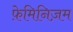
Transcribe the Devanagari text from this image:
फ़ेमिनिज़म